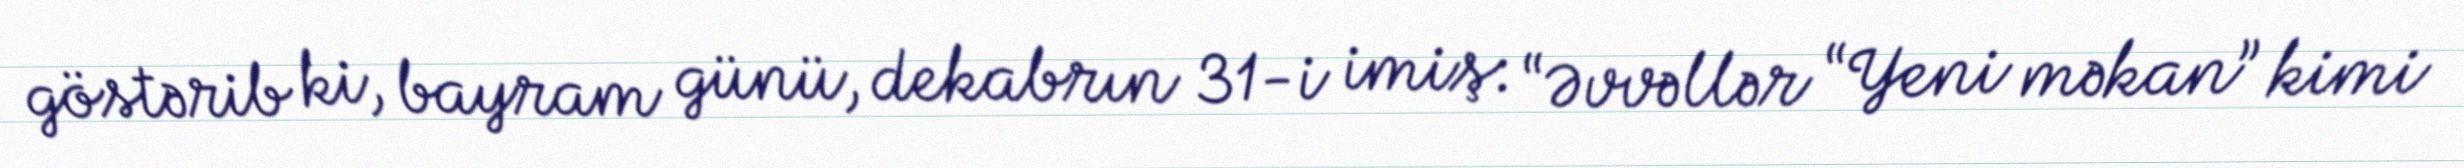
göstərib ki, bayram günü, dekabrın 31-i imiş: “Əvvəllər “Yeni məkan” kimi